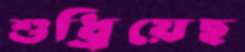
শুধ্‌রিয়েছ